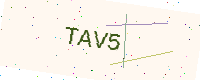
Text: TAV5